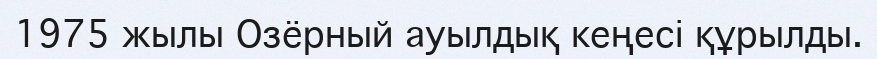
1975 жылы Озёрный ауылдық кеңесі құрылды.